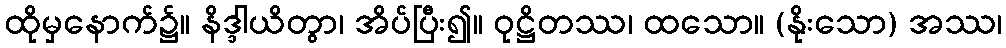
ထိုမှနောက်၌။ နိဒ္ဒါယိတွာ၊ အိပ်ပြီး၍။ ဝုဋ္ဌိတဿ၊ ထသော။ (နိုးသော) အဿ၊